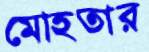
মোহতার